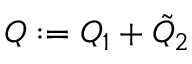
Q : = Q _ { 1 } + \Tilde { Q } _ { 2 }